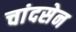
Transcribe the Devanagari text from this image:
चांदसेन